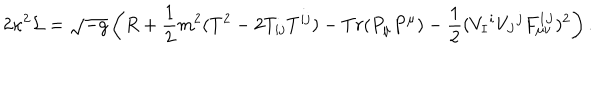
2 \kappa ^ { 2 } { \cal L } = \sqrt { - g } \left( R + { \frac { 1 } { 2 } } m ^ { 2 } ( T ^ { 2 } - 2 T _ { i j } T ^ { i j } ) - T r ( P _ { \mu } P ^ { \mu } ) - { \frac { 1 } { 2 } } ( V _ { I } { } ^ { i } V _ { J } { } ^ { j } F _ { \mu \nu } ^ { I J } ) ^ { 2 } \right) .